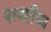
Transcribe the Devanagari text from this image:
परवर्तीका